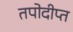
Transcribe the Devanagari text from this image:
तपोदीप्त